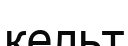
кельт